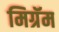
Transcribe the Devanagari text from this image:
मिग्रॅम